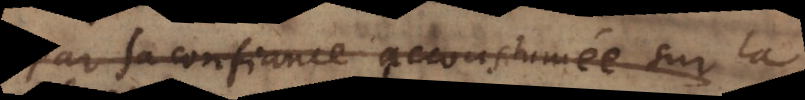
par sa confiance accoustumée sur la